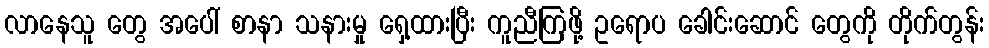
လာနေသူ တွေ အပေါ် စာနာ သနားမှု ရှေ့ထားပြီး ကူညီကြဖို့ ဥရောပ ခေါင်းဆောင် တွေကို တိုက်တွန်း